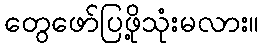
တွေဖော်ပြဖို့သုံးမလား။